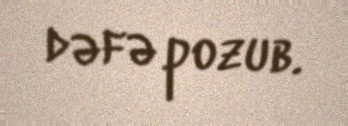
dəfə pozub.